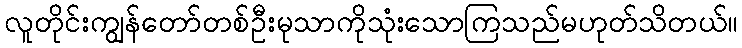
လူတိုင်းကျွန်တော်တစ်ဦးမုသာကိုသုံးသောကြသည်မဟုတ်သိတယ်။